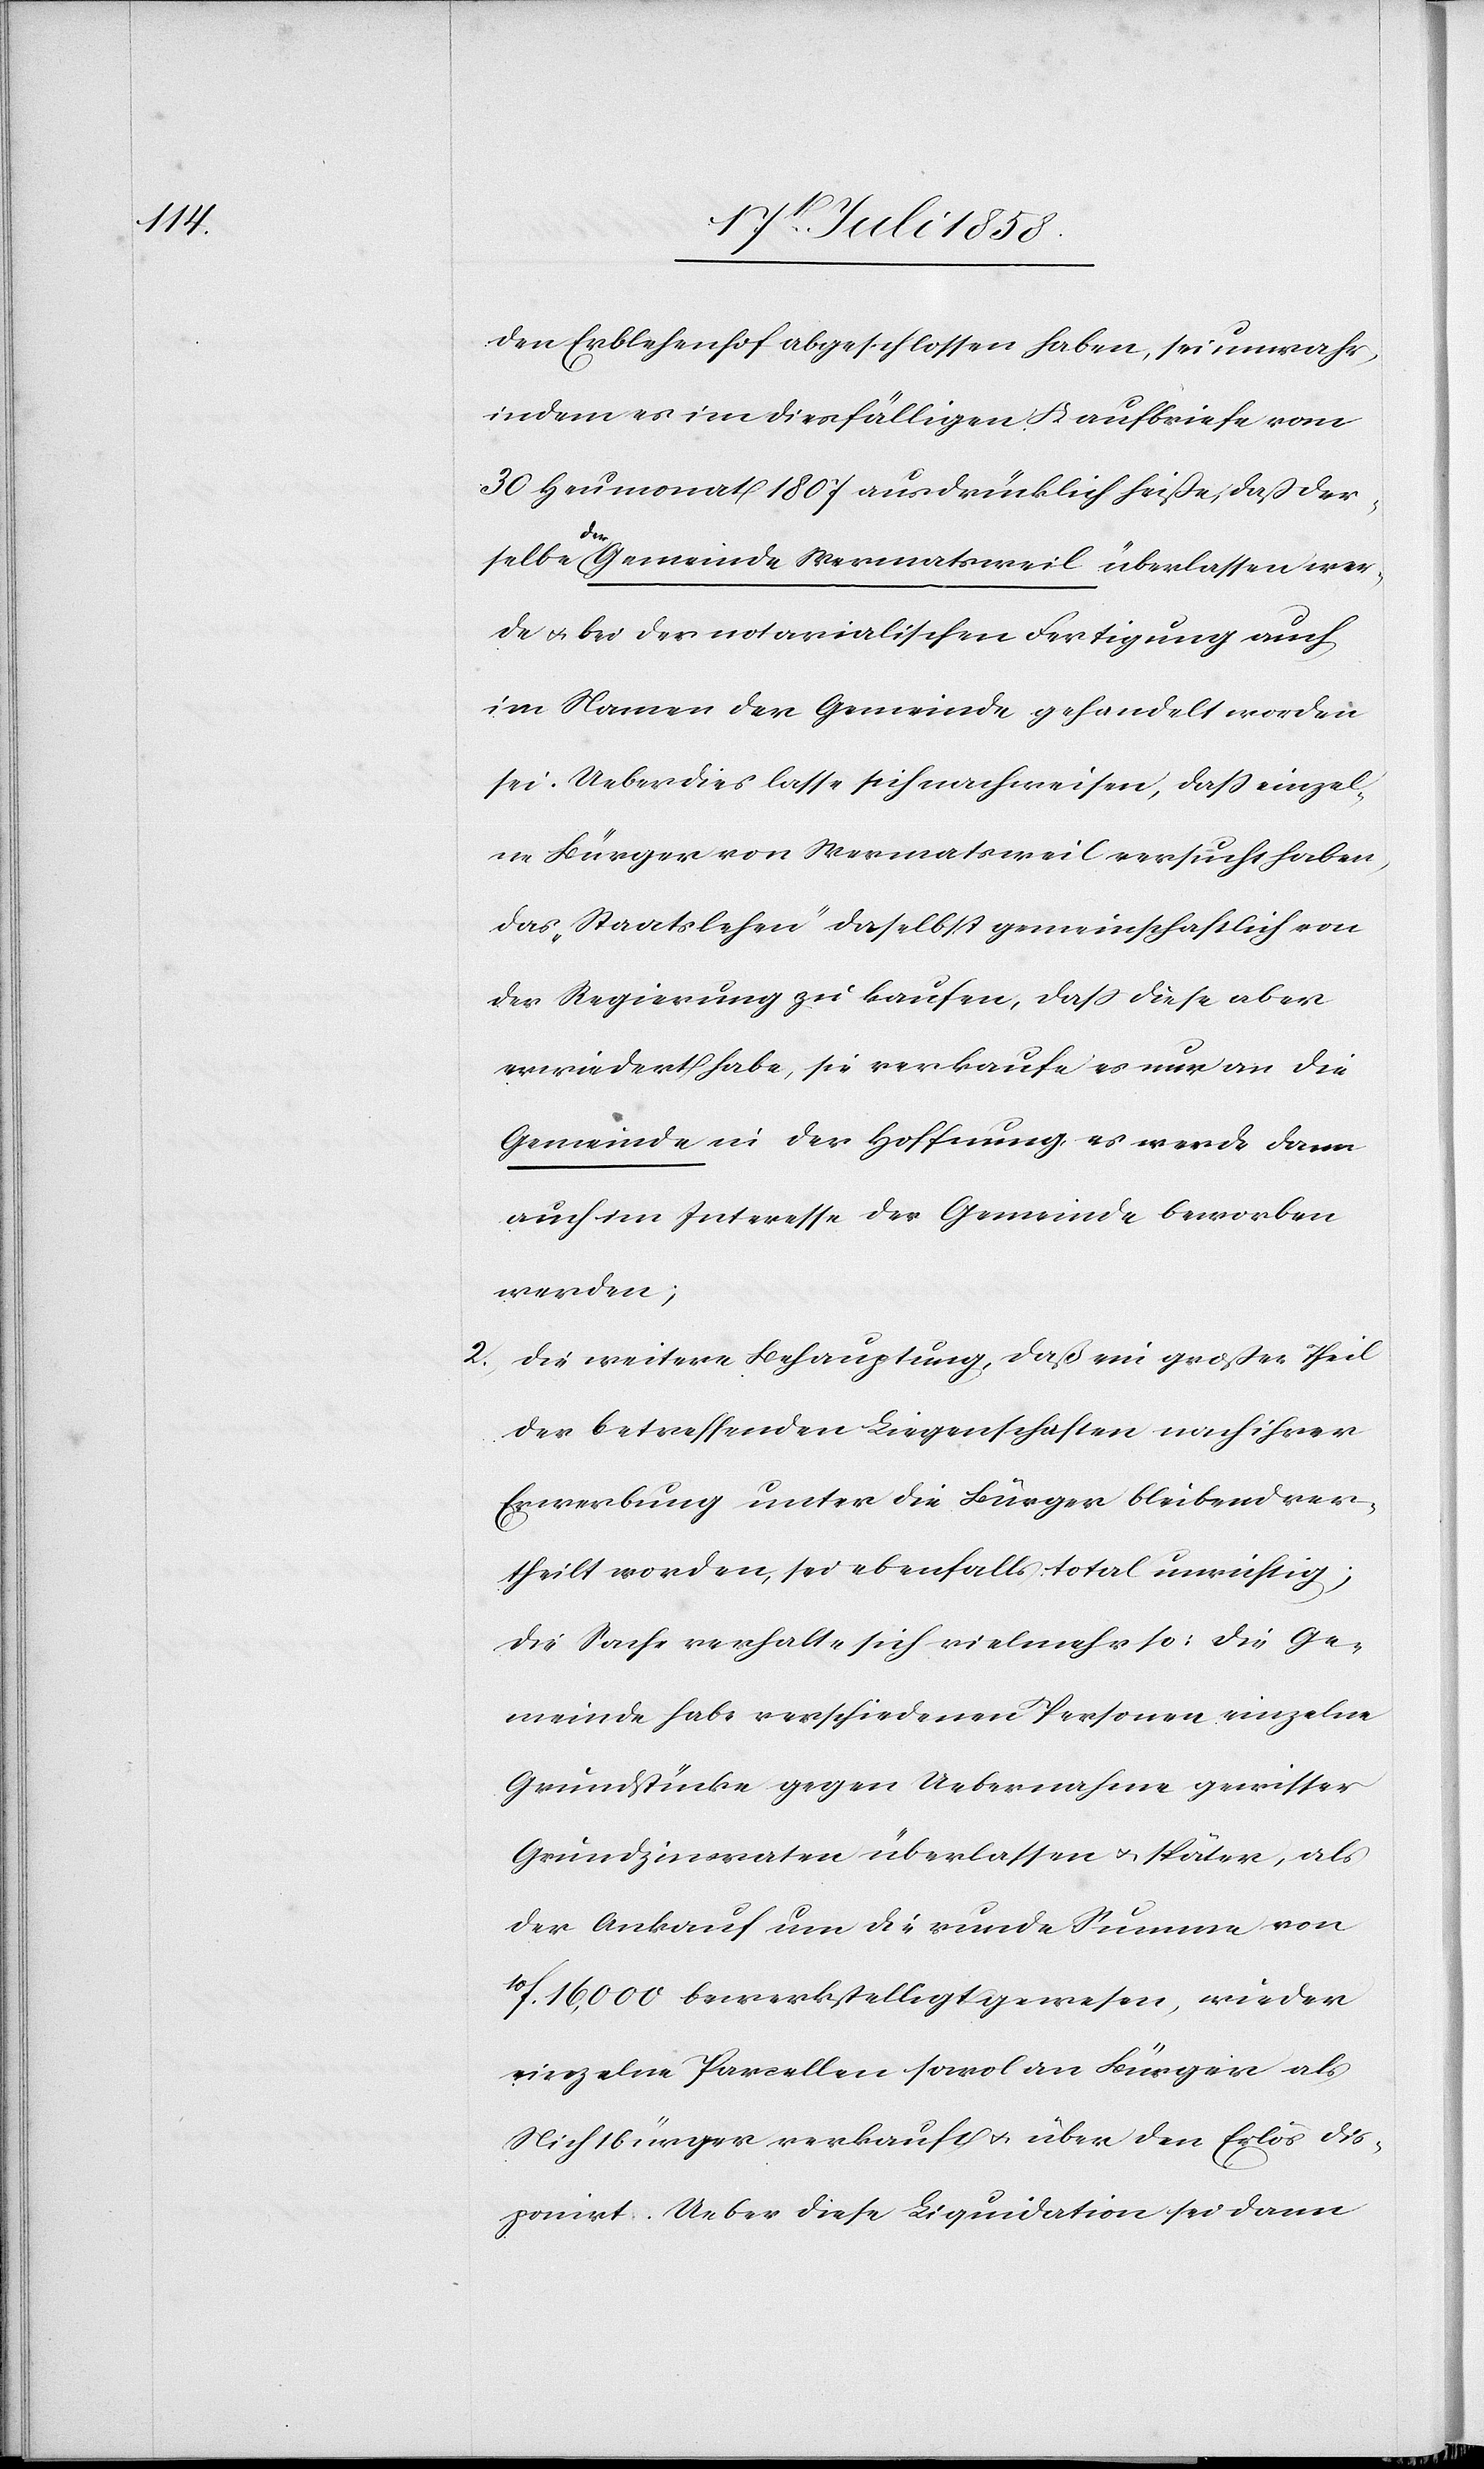
den Erblehenhof abgeschlossen haben, sei unwahr,
indem es im diesfälligen Kaufbriefe vom
30 Heumonat 1807 ausdrücklich heiße, daß der¬
selbe der Gemeinde Wermatsweil überlassen wer¬
de & bei der notarialischen Fertigung auch
im Namen der Gemeinde gehandelt worden
sei. Ueberdies lasse sich nachweisen, dass einzel¬
ne Bürger von Wermatsweil versucht haben,
das „Staatslehen“ daselbst gemeinschaftlich von
der Regierung zu kaufen, dass diese aber
erwiedert habe, sie verkaufe es nur an die
Gemeinde in der Hoffnung, es werde dann
auch im Interesse der Gemeinde beworben
werden;
Die weitere Behauptung, daß ein großer Theil
der betreffenden Liegenschaften nach ihrer
Erwerbung unter die Bürger bleibend ver¬
theilt worden, sei ebenfalls total unrichtig;
die Sache verhalte sich vielmehr so: die Ge¬
meinde habe verschiedenen Personen einzelne
Grundstücke gegen Uebernahme gewisser
Grundzinsraten überlassen & später, als
der Ankauf um die runde Summe von
10f. 16,000 bewerkstelligt gewesen, wieder
einzelne Parcellen sowol an Bürger als
Nichtbürger verkauft & über den Erlös dis¬
ponirt. Ueber diese Liquidation sei dann